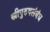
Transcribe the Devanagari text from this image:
स्त्रीपुरुषसंबंध